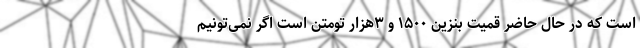
است که در حال حاضر قمیت بنزین ١۵٠٠ و ٣هزار تومتن است اگر نمی‌تونیم